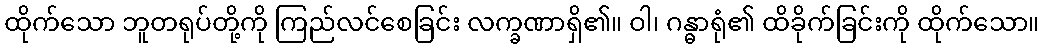
ထိုက်သော ဘူတရုပ်တို့ကို ကြည်လင်စေခြင်း လက္ခဏာရှိ၏။ ဝါ၊ ဂန္ဓာရုံ၏ ထိခိုက်ခြင်းကို ထိုက်သော။